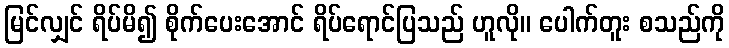
မြင်လျှင် ရိပ်မိ၍ စိုက်ပေးအောင် ရိပ်ရောင်ပြသည် ဟူလို။ ပေါက်တူး စသည်ကို